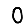
Digit: 0